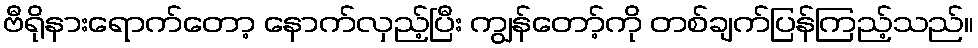
ဗီရိုနားရောက်တော့ နောက်လှည့်ပြီး ကျွန်တော့်ကို တစ်ချက်ပြန်ကြည့်သည်။